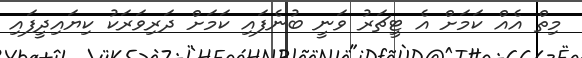
މިތް އެއް ކަމަށް އެ ޓީޗަރު ވަނީ ބުނެފައި ކަމަށް ދަރިވަރަކު ކިޔައިދީފައި